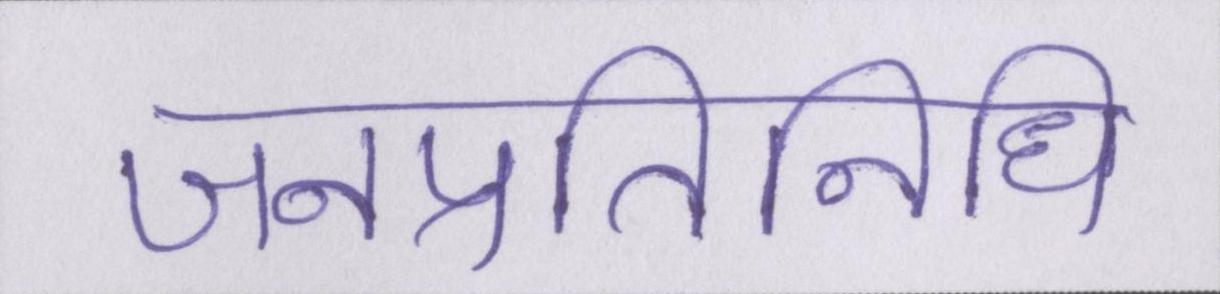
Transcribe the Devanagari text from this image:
जनप्रतिनिधि